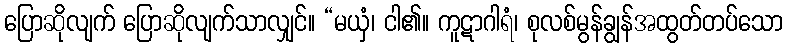
ပြောဆိုလျက် ပြောဆိုလျက်သာလျှင်။ “မယှံ၊ ငါ၏။ ကူဋာဂါရံ၊ စုလစ်မွန်ချွန်အထွတ်တပ်သော